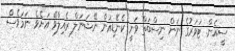
ސީ.އެން. ޓަވަރުގެ ނަން ނިސްބަތް ވަނީ ކެނޭޑިއަން ނޭޝަނަލް ރެއިލްވޭ އަށެވެ. ނަމަވެސް